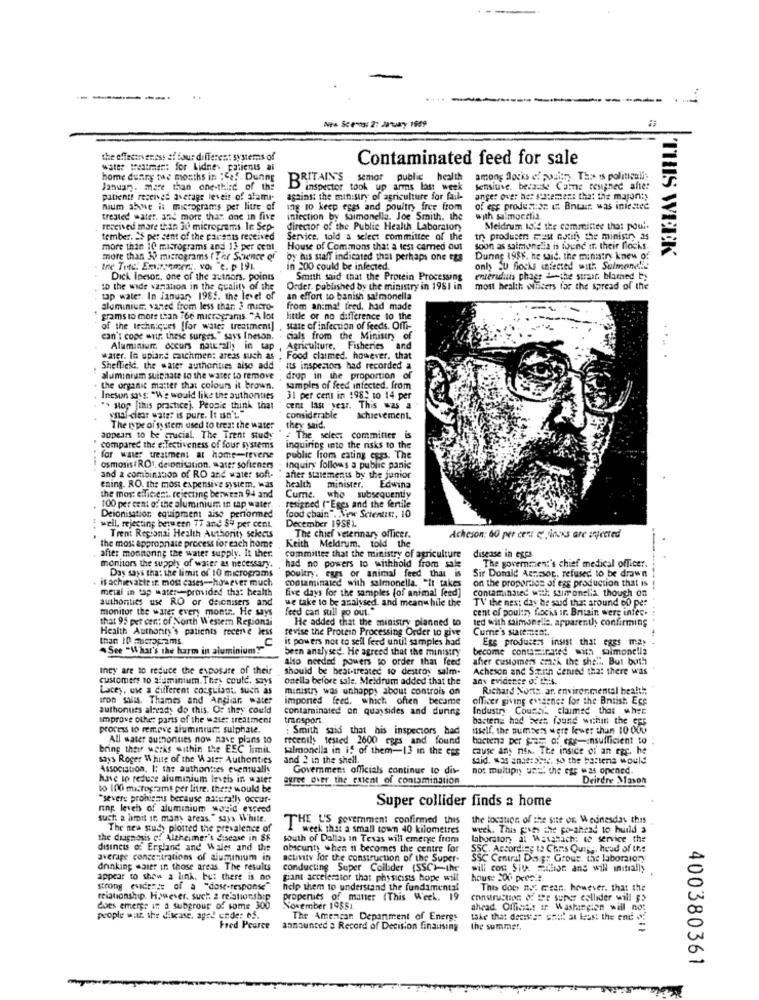
...
Na Scens: 2: January 1959
the effectiveness of four different systems of
Contaminated feed for sale
water watmen: for Lidnes patients ai
home during the months in :. f.
BRITAIN'S senior public health
among Docks ef poultry. The is politicalis
January. more than one-third of the
B inspector took up arms last week
tensiuve. because Came resigned after
patientt receives average leveis of alumi-
against the ministry of agriculture for fail-
anger over her sontement that the majon;y
num abwe is micrograms per litre_of
ig to keep eggs and poultry free from
of egg prodescon & Bntair, was iniestee
treated water, and more that one in five
infection by saimonella. Joe Smith. the
with salmorelia.
received mare than 30 micrograms. In Sep-
director of the Public Health Laboratory
Meldrum told the committee tha: pour.
tember. ES per cent of the parents received
Service, told a select committee of the
try producen must notify the ministry as
more than 10 masrograms and 13 per cent
House of Commons that a test carned out
soon as salmonelia is toune tr. their flocks.
'THIS WINEK
more than 30 micrograms ( Ter Science of
by bus staff indiented that perhaps one egs
Dunne 1988, he said. the ministry knew o:
the Tete. Environmers, vor "e. p 191.
in 200 could be infected.
only SU flocks infected with Salmonell !!
Dick Incor, one of the authors, points
Smith said that the Protein Processing
enteriduis phags & the straat blamed by
to the wide variation in the quality of the
Order. published by the ministry in 1981 in
most health wiicers for the spread of the
tap water. In January 1985. the level of
an effort to banish salmonella
aluminium, vaned from less than 3 micro-
from animal feed, had made
grams to more than 766 micrograms. "A lot
little or no difference to the
of the techniques [for wate; treatment]
state of infection of feeds. OfTi-
can't cope wir. these surges," says Ineson.
cials from the Ministry of
Aluminium, occurs naurally in tap , Agriculture, Fisheries and
water. In upiand catchmen: areas such as
Food claimed. however, that
Sheffield, the water authorities aise add
its inspectors had recorded a
aluminium suichate to the water to remove
drop in the proportion of
the organic matter that colours it brown.
samples of feed infected. from
Incsun says: "We would like the authonties
31 per cent in 198: 10 14 per
"> stop [this practicej. People think that
cent last year. This was a
csal citar watz: is pure. It isn't."
considerable
achievement.
The type of system used to tres: the water
they said.
appears to be crucial. The Trent study
: The select committee is
compared the e:Tectiveness of four systems
inquiring into the risks to the
for water treatment at home-reverse
public from eating caps. The
osmosis( RO), deionisation, water softeners . inquiry follows a public panic
and a combination of RO and water soft-
after statements by the junior
ening. RO. the most expensive system, was
health
minister.
Edwina
the mos: efficient. rejecting berween 94 and
resigned ("Eges and the fertile
Cume.
who subsequently
100 per cent of the aluminium in up water.
Deionisation equipment aiso performed
December 19SEL
food chain". SSinwe Scientist, 10
well. rejecting beru een 77 and $4 per cent.
...
Trent Regional Health Authority selects
Keith Meldrum, told the
The chief veterinary officer.
Acheson: 60 per cena e jiocks are argjeered
-
the most appropriate process for each home
after monitoring the water supply. It ther.
monitors the supply of water as necessary.
committee that the ministry of agriculture
disease in expa
The goverment's chief medical officer.
Day says that the limit of 10 micrograms
had no powers to withhold from sale
poultry, eggs or animal feed that is
. is achievable in most cases -- however much
contaminated with salmonella. "It takes
on the proportion of egg production that is
Sir Donald Aensson, refused to be drawn
metal in tap water-provided that health
five days for the samples (of animal feed]
contaminated with ssimonella, though on
authontits use RO or deicmisers and
we take to be analysed. and meanwhile the
TV the next day be sud that around 60 per
monitor the water every montr .. He says
feed can sull go out."
cent of poultry flocks ir. Britain were infec.
that 95 per cent: of North Westem Regiondi
He added that the ministry planned to
ted with ssimonelle. apparently confirming
Health Authority's patients recerve less
Currie's statement.
than ID merapams.
revise the Protein Processing Order to give
it powers not to seil feed until samples had
Egg producers insist that eggs may
See "What's the harm in aluminium?"
been analysed. He agreed that the ministry
become contaminated with salmonella
also needed powers to order that feed
after customers crack the shell. But both
they are to reduce the exposure of their
should be beat-treated to destroy salm-
Acheson and S.tith denied that there was
customers 10 aluminium. They could, says
onella before sale. Meldrum added that the
any evidence of this.
Lacey. use a different cosquiant, such as
ministry was unhappy about controis on
Richard North, ar. envirer.mental health:
iron salis. Thames and Angliar water
imported feed. which often became
officer giving evidence for the Bntist Ecs
authonuts already do this. Or they could
contaminated on quaysides and during
Industry Courci. claimed that when
Improve other parts of the water treatment
transport
bactena had been found within the Ges
process to remove aluminium: sulphale.
: Smith said that his inspectors bad
itself. the numbers were fewer than 10 000
All water authorities now have plans to
recently tested 2600 eggs and found
bactena Der Sar a: egg-insufficient to .
bring their works within the EEC limit
Salmonella in if of them-13 in the cos
cause ans nin. The inside of an egg. he
says Roger White of the Water Authorities
and 2 in the shell.
said. was anaerobic, so the bestens would
Association. I: the authontes eventually
Government officials continue to dis-
no: multiply until the egr was opened.
have to reduce aluminium levels in water
agree over the extent of contamination
Deirdre Mason
to 100 micrograms per litre. there would be
"severe problems because asturally occur-
Super collider finds a home
ring levels of aluminium wosid exceed
such a limit in many areas. " says White.
THE US government confirmed this
the location of the site or Wednesday this
The nea study plotted the prevalence of
week that a small town 40 kilometres
week. This pues the po-ahead to build a
the diagnosis of Alzheimer's disease in 88
south of Dallas in Texas will emerge from
laborator, al Wasanach: to service the
disincts o: Erpland and Wales and the
obscurity when it becomes the centre for
SSC. According to Chris Quis ,, head of the
average concentrations of aluminium in
activity for the construction of the Super-
SSC Central Dexpr Grout. the laboratory
drinking aaier in those areas. The results
conducting Super Collader (SSC)-the
will con Siv. mhoe and will initially
appear to show a link. but there is no
giant accelemior that physicists hope will
hous: 200 perc.t.
strong evidence of a "dose-response
help them to understand the fundamental
This does n.y. czan. however, that the
relationship. However, such a relationship
properties of maner (This Week. 19
construction of the super ellider will $>
does emerge in a subgroup of some 300
November 19551.
ahead. Official in Washington will no:
people with the discase, aged under ef.
The Amencan Department of Energy
take that decisees enti! at less: the end
Fred Pearce
announced a Record of Decision finalising
the summer.
400380361